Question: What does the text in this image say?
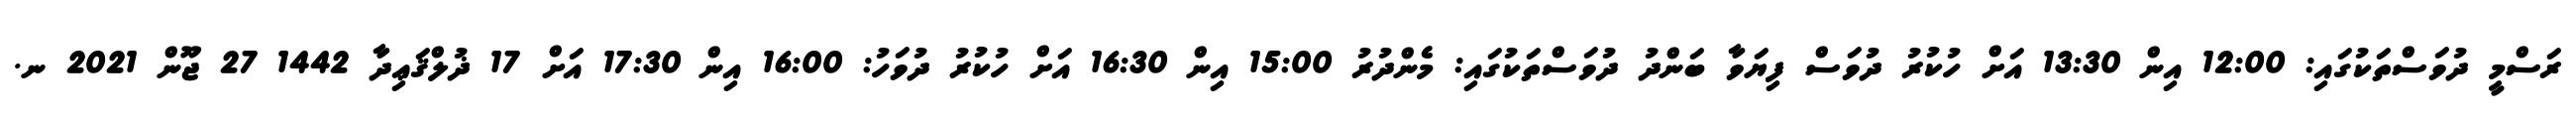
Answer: ރަސްމީ ދުވަސްތަކުގައި: 12:00 އިން 13:30 އަށް ހުކުރު ދުވަސް ފިޔަވާ ބަންދު ދުވަސްތަކުގައި: މެންދުރު 15:00 އިން 16:30 އަށް ހުކުރު ދުވަހު: 16:00 އިން 17:30 އަށް 17 ޛުލްޤަޢިދާ 1442 27 ޖޫން 2021 ނ.